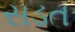
સડત